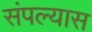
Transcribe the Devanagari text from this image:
संपल्यास